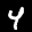
Label: 4